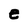
Character: e